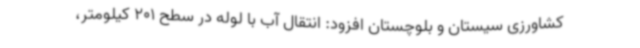
کشاورزی سیستان و بلوچستان افزود: انتقال آب با لوله در سطح 201 کیلومتر،